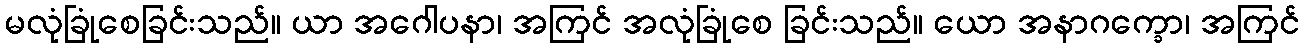
မလုံခြုံစေခြင်းသည်။ ယာ အဂေါပနာ၊ အကြင် အလုံခြုံစေ ခြင်းသည်။ ယော အနာဂက္ခော၊ အကြင်